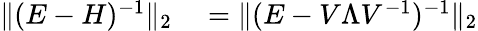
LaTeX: \begin{array}{rl}{\| (E-H)^{-1}\| _{2}}&{{}=\| (E-V\Lambda V^{-1})^{-1}\| _{2}}\end{array}